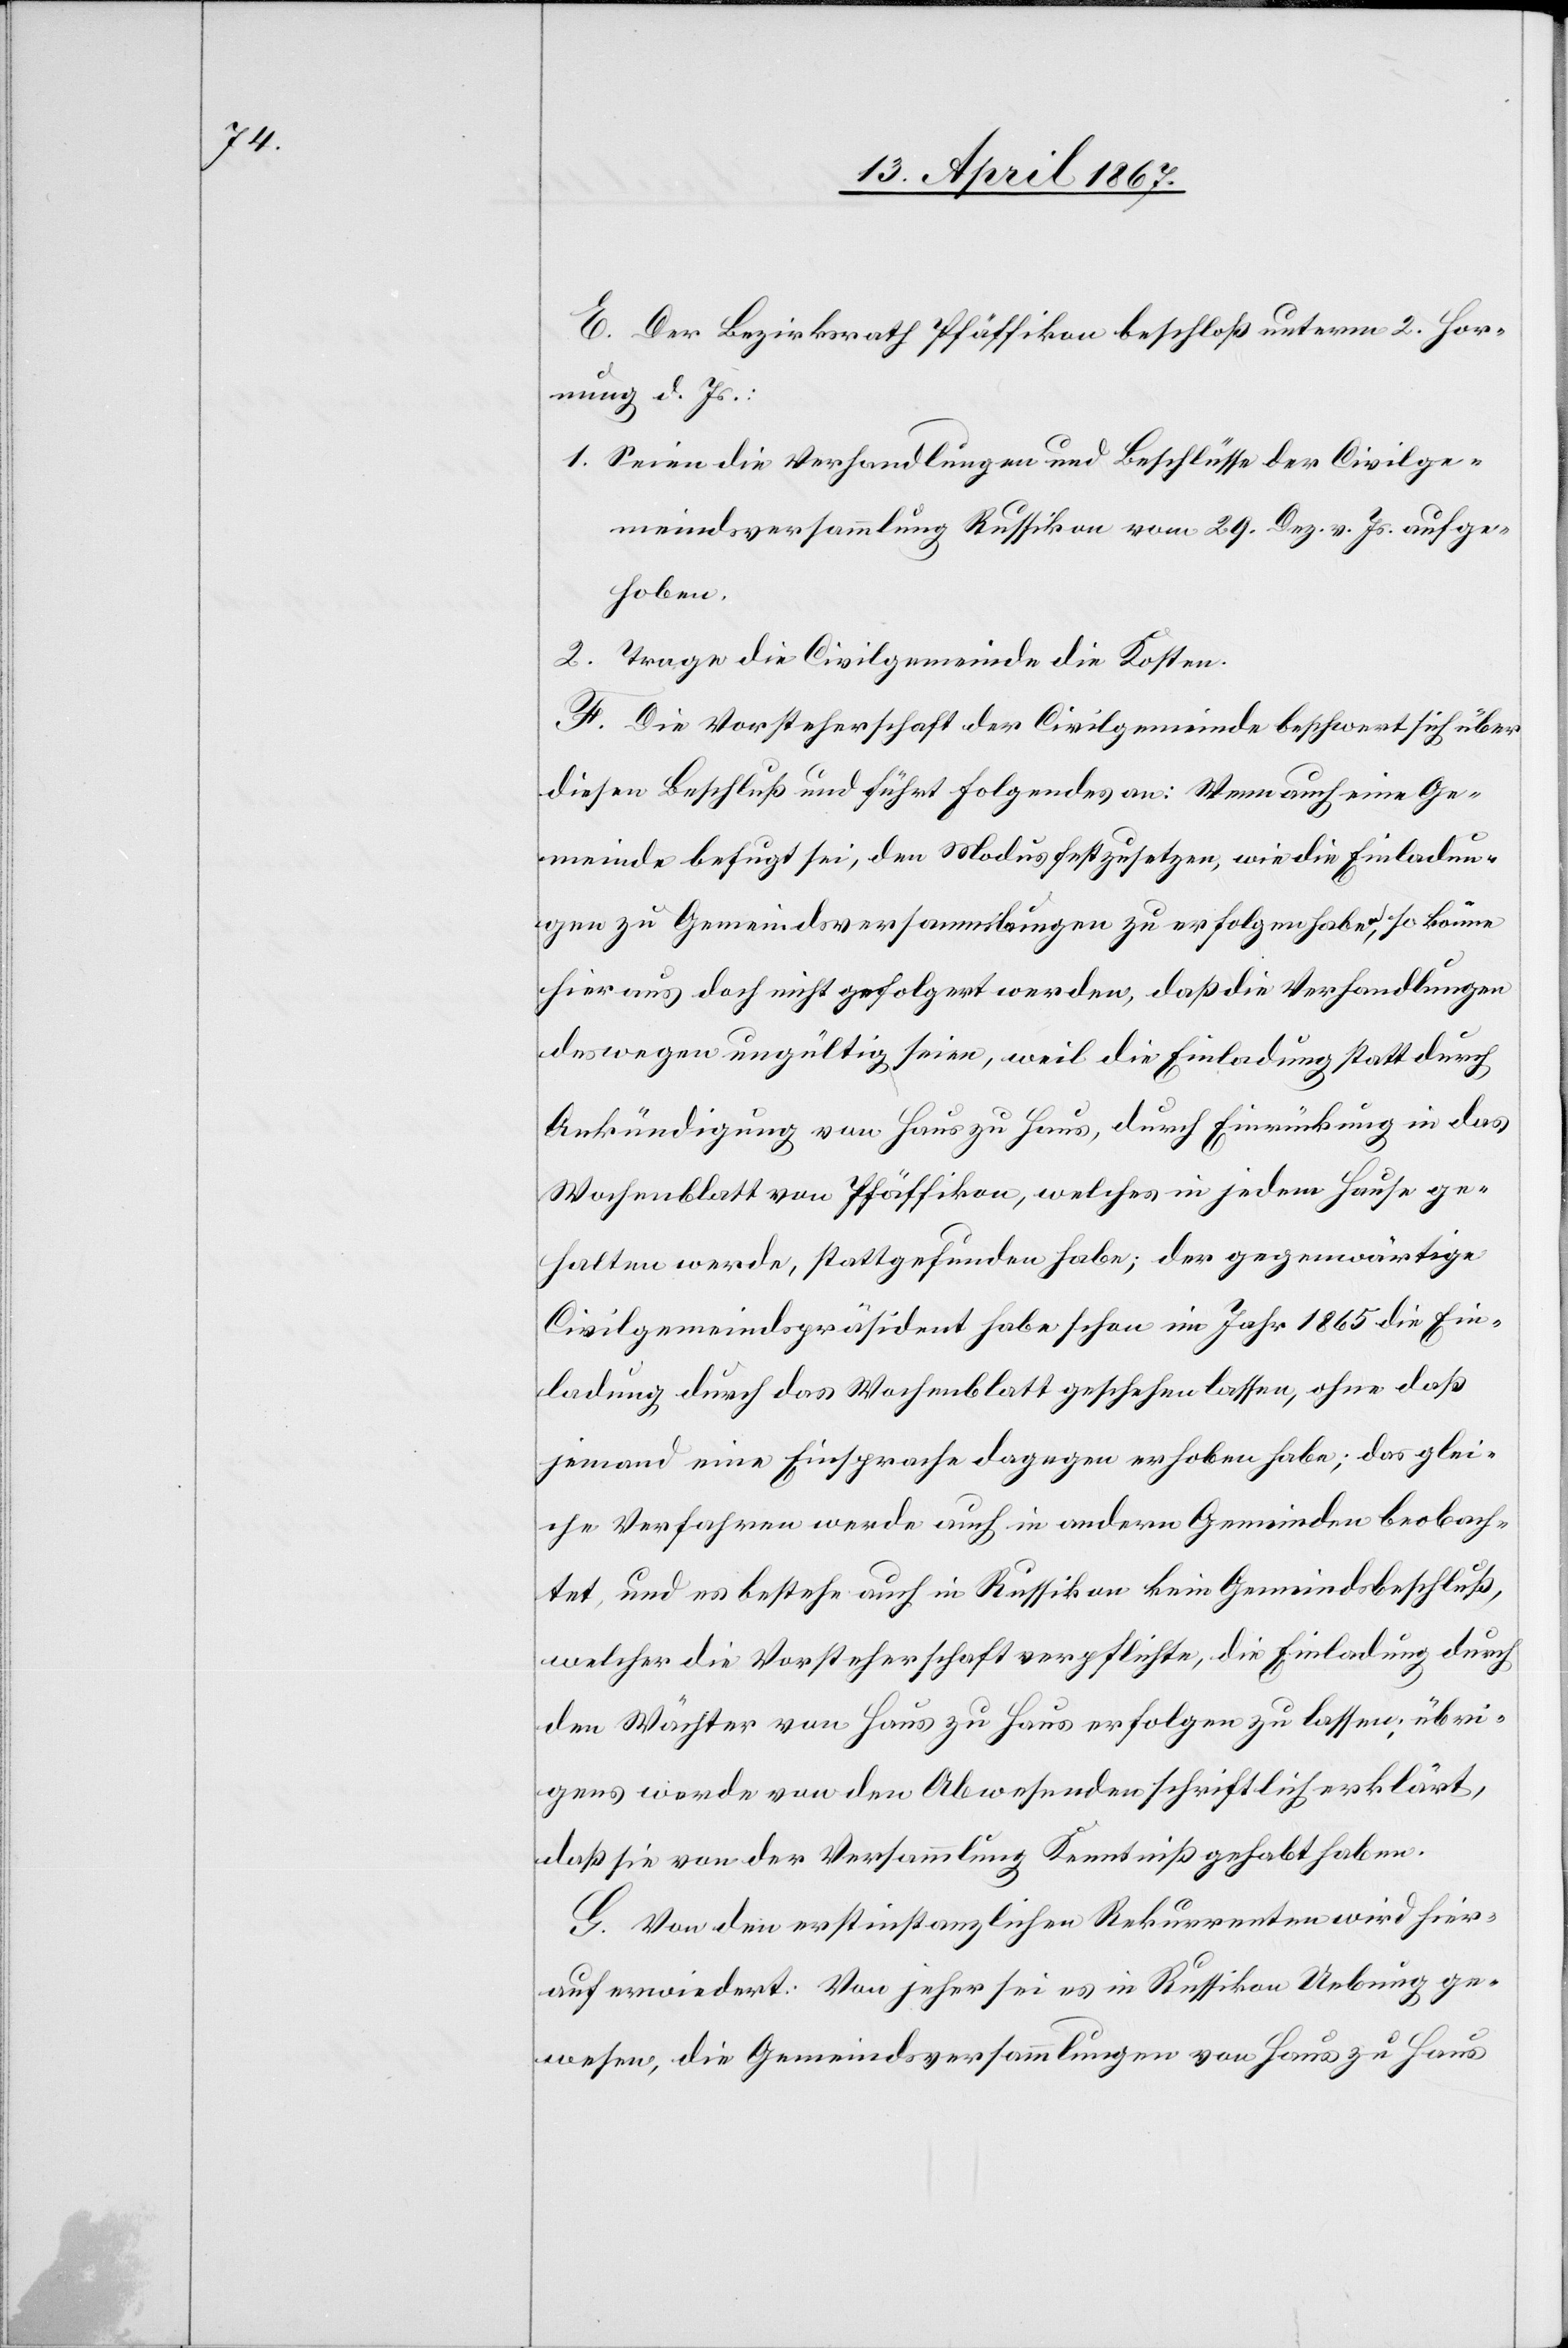
E. Der Bezirksrath Pfäffikon beschloß unterm 2. Hor¬
nung d. Js.:
1.	Seien die Verhandlungen und Beschlüsse der Civilge¬
meindsversammlung Russikon vom 29. Dez. v. Js. aufge¬
hoben.
2. 	Trage die Civilgemeinde die Kosten.
F. Die Vorsteherschaft der Civilgemeinde beschwert sich über
diesen Beschluß und führt folgendes an: Wenn auch eine Ge¬
meinde befugt sei, den Modus festzusetzen, wie die Einladun¬
gen zu Gemeindsversammlungen zu erfolgen haben, so könne
hieraus doch nicht gefolgert werden, daß die Verhandlungen
deswegen ungültig seien, weil die Einladung statt durch
Ankündigung von Haus zu Haus, durch Einrückung in das
Wochenblatt von Pfäffikon, welches in jedem Hause ge¬
halten werde, stattgefunden habe; der gegenwärtige
Civilgemeindspräsident habe schon im Jahr 1865 die Ein¬
ladung durch das Wochenblatt geschehen lassen, ohne daß
jemand eine Einsprache dagegen erhoben habe; das glei¬
che Verfahren werde auch in andern Gemeinden beobach¬
tet, und es bestehe auch in Russikon kein Gemeindsbeschluß,
welcher die Vorsteherschaft verpflichte, die Einladung durch
den Wächter von Haus zu Haus erfolgen zu lassen, übri¬
gens werde von den Abwesenden schriftlich erklärt,
daß sie von der Versammlung Kenntniß gehabt haben.
G. Von den erstinstanzlichen Rekurrenten wird hier¬
auf erwiedert: Von jeher sei es in Russikon Uebung ge¬
wesen, die Gemeindsversammlungen von Haus zu Haus